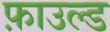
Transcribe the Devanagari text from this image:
फ़ाउल्ड